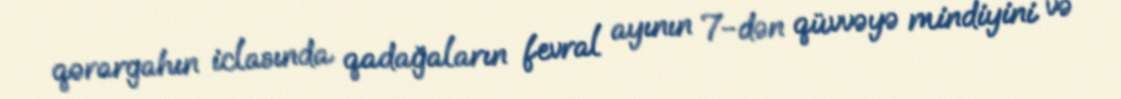
qərargahın iclasında qadağaların fevral ayının 7-dən qüvvəyə mindiyini və